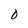
Character: O